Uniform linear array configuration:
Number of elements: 48
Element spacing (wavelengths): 0.25
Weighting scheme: exponential
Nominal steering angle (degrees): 0
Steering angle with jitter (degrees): -1.263
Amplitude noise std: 0.05
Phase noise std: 0.05

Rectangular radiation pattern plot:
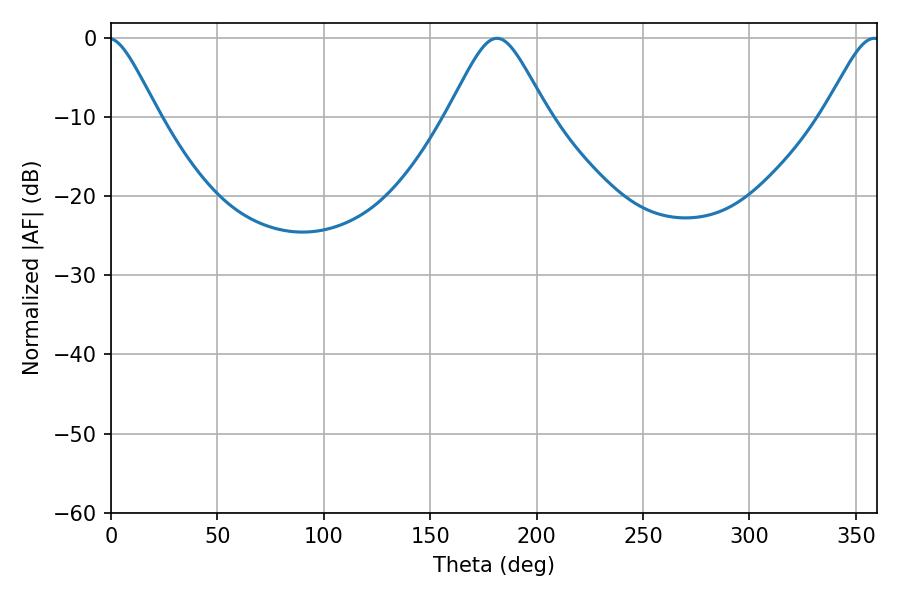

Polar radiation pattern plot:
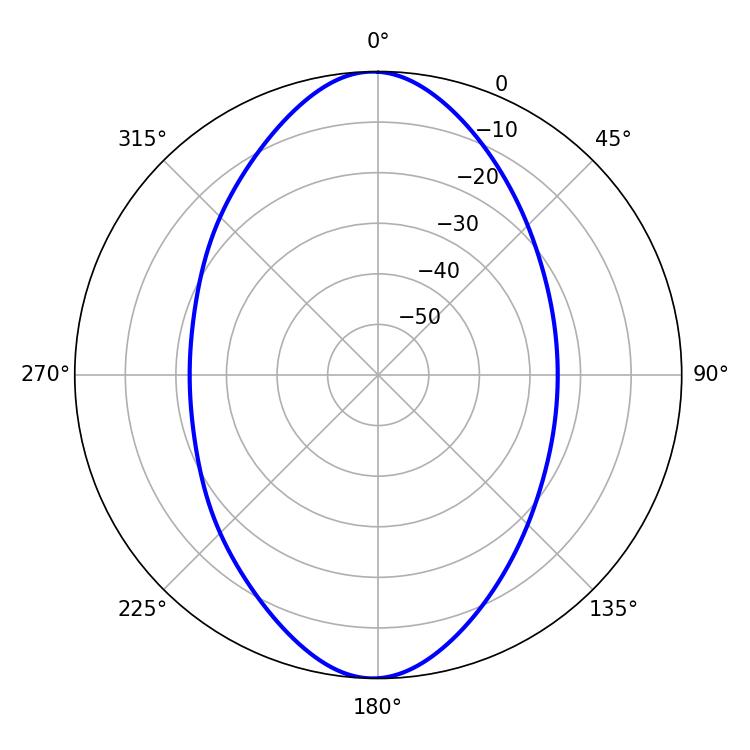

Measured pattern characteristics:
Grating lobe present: FALSE
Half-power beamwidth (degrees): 22.68
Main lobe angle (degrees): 181.44